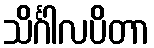
သိင်္ဂါလပိတာ